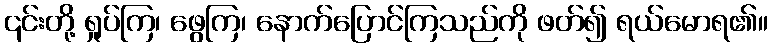
၎င်းတို့ ရှုပ်ကြ၊ ဖွေကြ၊ နောက်ပြောင်ကြသည်ကို ဖတ်၍ ရယ်မောရ၏။